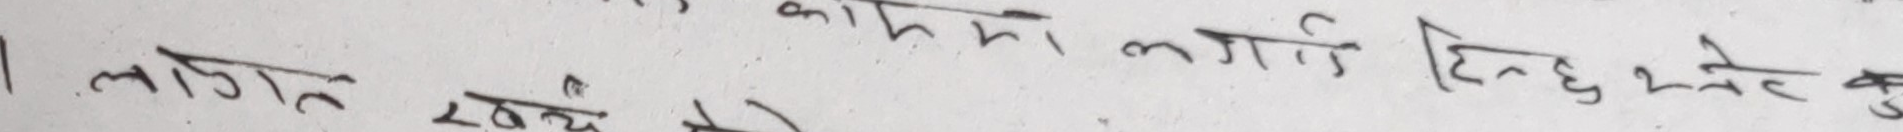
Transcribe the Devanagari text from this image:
1. लागत खर्च मा लगानी हिन्दु खर्च हु क